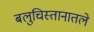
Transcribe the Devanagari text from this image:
बलुचिस्तानातले